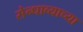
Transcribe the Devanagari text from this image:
सेन्धाव्याच्या